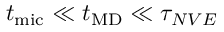
t _ { \mathrm { m i c } } \ll t _ { \mathrm { M D } } \ll \tau _ { N V E }